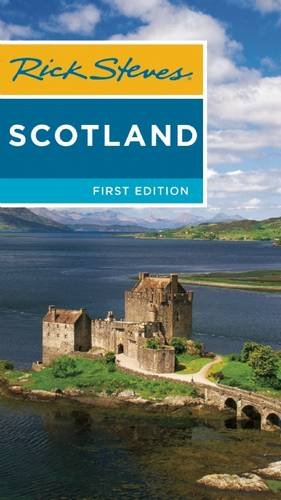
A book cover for Rick Steves Scotland; Rick Steves; Travel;